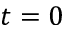
t = 0